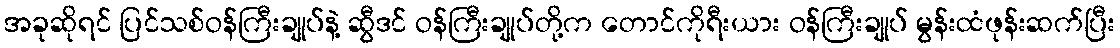
အခုဆိုရင် ပြင်သစ်ဝန်ကြီးချုပ်နဲ့ ဆွီဒင် ဝန်ကြီးချုပ်တို့က တောင်ကိုရီးယား ဝန်ကြီးချုပ် မွန်းထံဖုန်းဆက်ပြီး